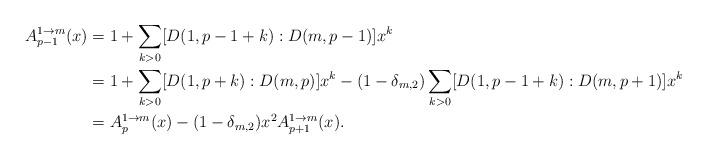
LaTeX: \begin{align*}A_{p-1}^{1\rightarrow m}(x)&=1+\sum_{k>0}[D(1,p-1+k):D(m,p-1)]x^k&\\&=1+\sum_{k>0}[D(1,p+k):D(m,p)]x^k-(1-\delta_{m,2})\sum_{k>0}[D(1,p-1+k):D(m,p+1)]x^k&\\&= A_p^{1\rightarrow m}(x)-(1-\delta_{m,2})x^2A_{p+1}^{1\rightarrow m}(x).\end{align*}